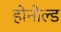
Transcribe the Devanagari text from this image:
होनोल्ड